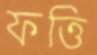
ফত্তি